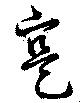
寔